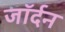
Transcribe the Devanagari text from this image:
जॉर्दन